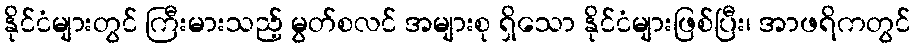
နိုင်ငံများတွင် ကြီးမားသည့် မွတ်စလင် အများစု ရှိသော နိုင်ငံများဖြစ်ပြီး၊ အာဖရိကတွင်